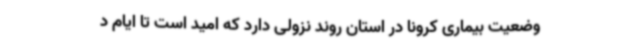
وضعیت بیماری کرونا در استان روند نزولی دارد که امید است تا ایام د